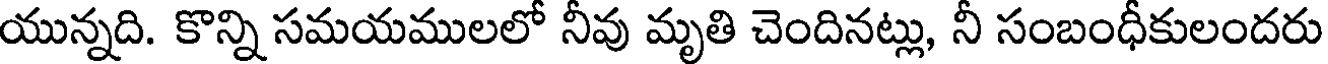
యున్నది. కొన్ని సమయములలో నీవు మృతి చెందినట్లు, నీ సంబంధీకులందరు